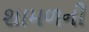
શામળની